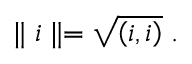
\parallel i \parallel = \sqrt { \left( i , i \right) } \; .